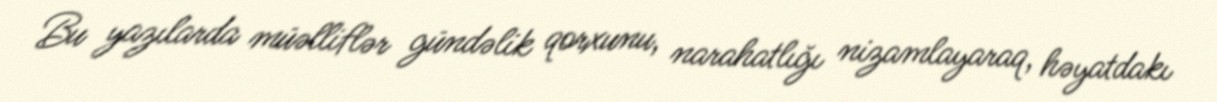
Bu yazılarda müəlliflər gündəlik qorxunu, narahatlığı nizamlayaraq, həyatdakı